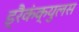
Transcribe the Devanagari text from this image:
ड्रैकंक्युलस